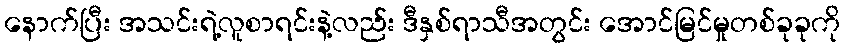
နောက်ပြီး အသင်းရဲ့လူစာရင်းနဲ့လည်း ဒီနှစ်ရာသီအတွင်း အောင်မြင်မှုတစ်ခုခုကို